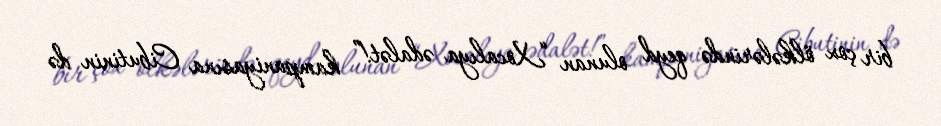
bir çox ölkələrində qeyd olunan “Xocalıya ədalət!” kampaniyasına Cibutinin də